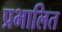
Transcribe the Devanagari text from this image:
प्रभालित